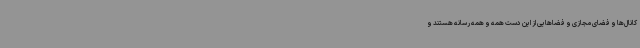
کانال‌ها و فضای مجازی و فضاهایی از این دست همه و همه رسانه هستند و